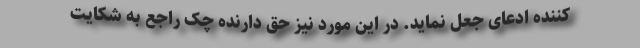
کننده ادعای جعل نماید. در این مورد نیز حق دارنده چک راجع به شکایت